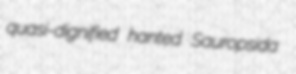
quasi-dignified hanted Sauropsida